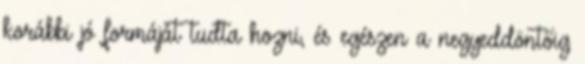
korábbi jó formáját tudta hozni, és egészen a negyeddöntőig